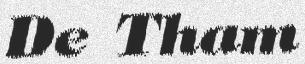
De Tham